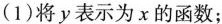
(1)将y表示为x的函数；